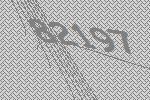
82197